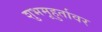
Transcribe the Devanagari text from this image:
शुभमूहुर्तावर